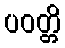
ပဝတ္တိ